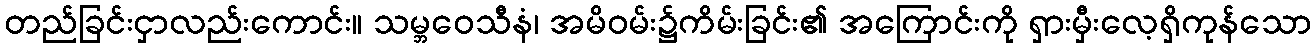
တည်ခြင်းငှာလည်းကောင်း။ သမ္ဘဝေသီနံ၊ အမိဝမ်း၌ကိမ်းခြင်း၏ အကြောင်းကို ရှားမှီးလေ့ရှိကုန်သော